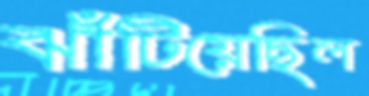
ঝাঁটিয়েছিল